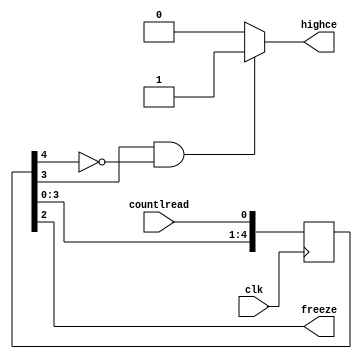
module freezer(
	input clk,
	input countlread,
	output freeze,
	output highce);
	reg highcereg;
	reg [4:0] sr = 5'b00000;
	assign highce = highcereg;
	assign freeze = sr[2];
	always @(*) begin
		highcereg = 0;
		if((sr[3] == 1) && (sr[4] == 0))
			highcereg = 1;
	end
	always @(posedge clk) begin
		sr[4] <= sr[3];
		sr[3] <= sr[2];
		sr[2] <= sr[1];
		sr[1] <= sr[0];
		sr[0] <= countlread;
	end
endmodule